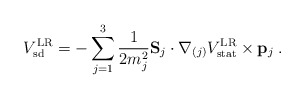
\begin{align*}V_{\rm sd}^{\rm LR}= - \sum_{j=1}^3 {1 \over 2 m_j^2} {\bf S}_j \cdot {\bf \nabla}_{(j)} V_{\rm stat}^{\rm LR} \times {\bf p}_j \> .\end{align*}